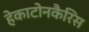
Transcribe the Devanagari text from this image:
हेकाटोनकैरिस